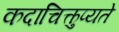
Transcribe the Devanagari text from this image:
कदाचित्कुप्यते